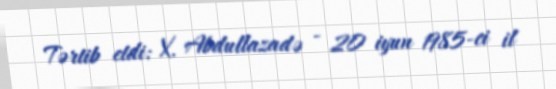
Tərtib etdi: X. Abdullazadə - 20 iyun 1985-ci il